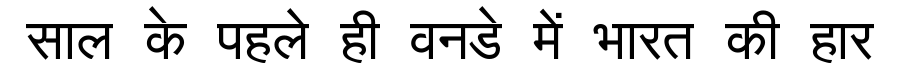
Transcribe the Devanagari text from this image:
साल के पहले ही वनडे में भारत की हार